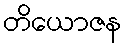
တိယောဇန